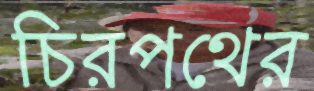
চিরপথের